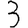
Digit: 3